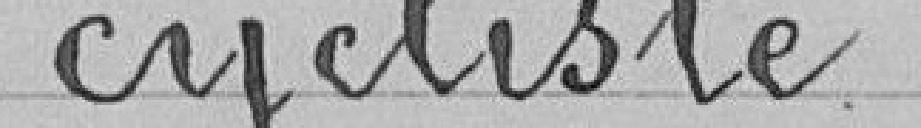
cycliste.